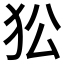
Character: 𤝅